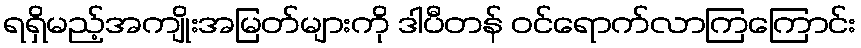
ရရှိမည့်အကျိုးအမြတ်များကို ဒါပီတန် ဝင်ရောက်လာကြကြောင်း